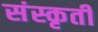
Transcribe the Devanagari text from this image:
संस्कृती